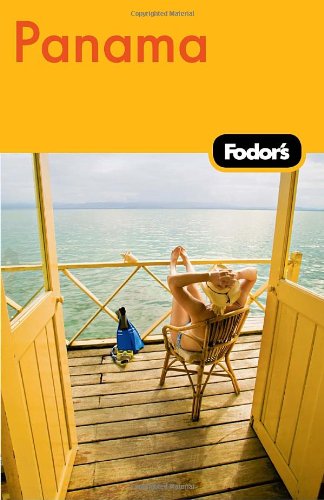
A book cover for Fodor's Panama, 2nd Edition (Travel Guide); Fodor's; Travel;